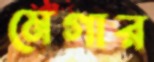
মেগার